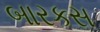
બારકસ